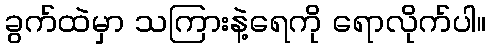
ခွက်ထဲမှာ သကြားနဲ့ရေကို ရောလိုက်ပါ။